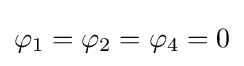
\varphi _{1}=\varphi _{2}=\varphi _{4}=0